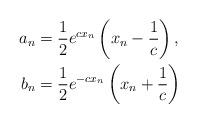
LaTeX: \begin{align*}a_n&=\frac{1}{2}e^{cx_n}\left(x_n-\frac{1}{c}\right),\\b_n&=\frac{1}{2}e^{-cx_n}\left(x_n+\frac{1}{c}\right)\end{align*}